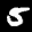
Label: 5